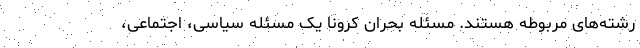
رشته‌های مربوطه هستند. مسئله بحران کرونا یک مسئله سیاسی، اجتماعی،